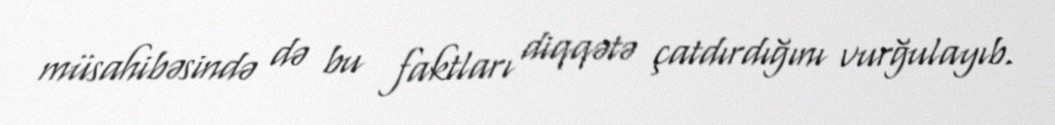
müsahibəsində də bu faktları diqqətə çatdırdığını vurğulayıb.